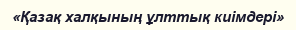
«Қазақ халқының ұлттық киімдері»